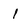
Character: I